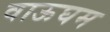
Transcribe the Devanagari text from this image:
वाऊघम